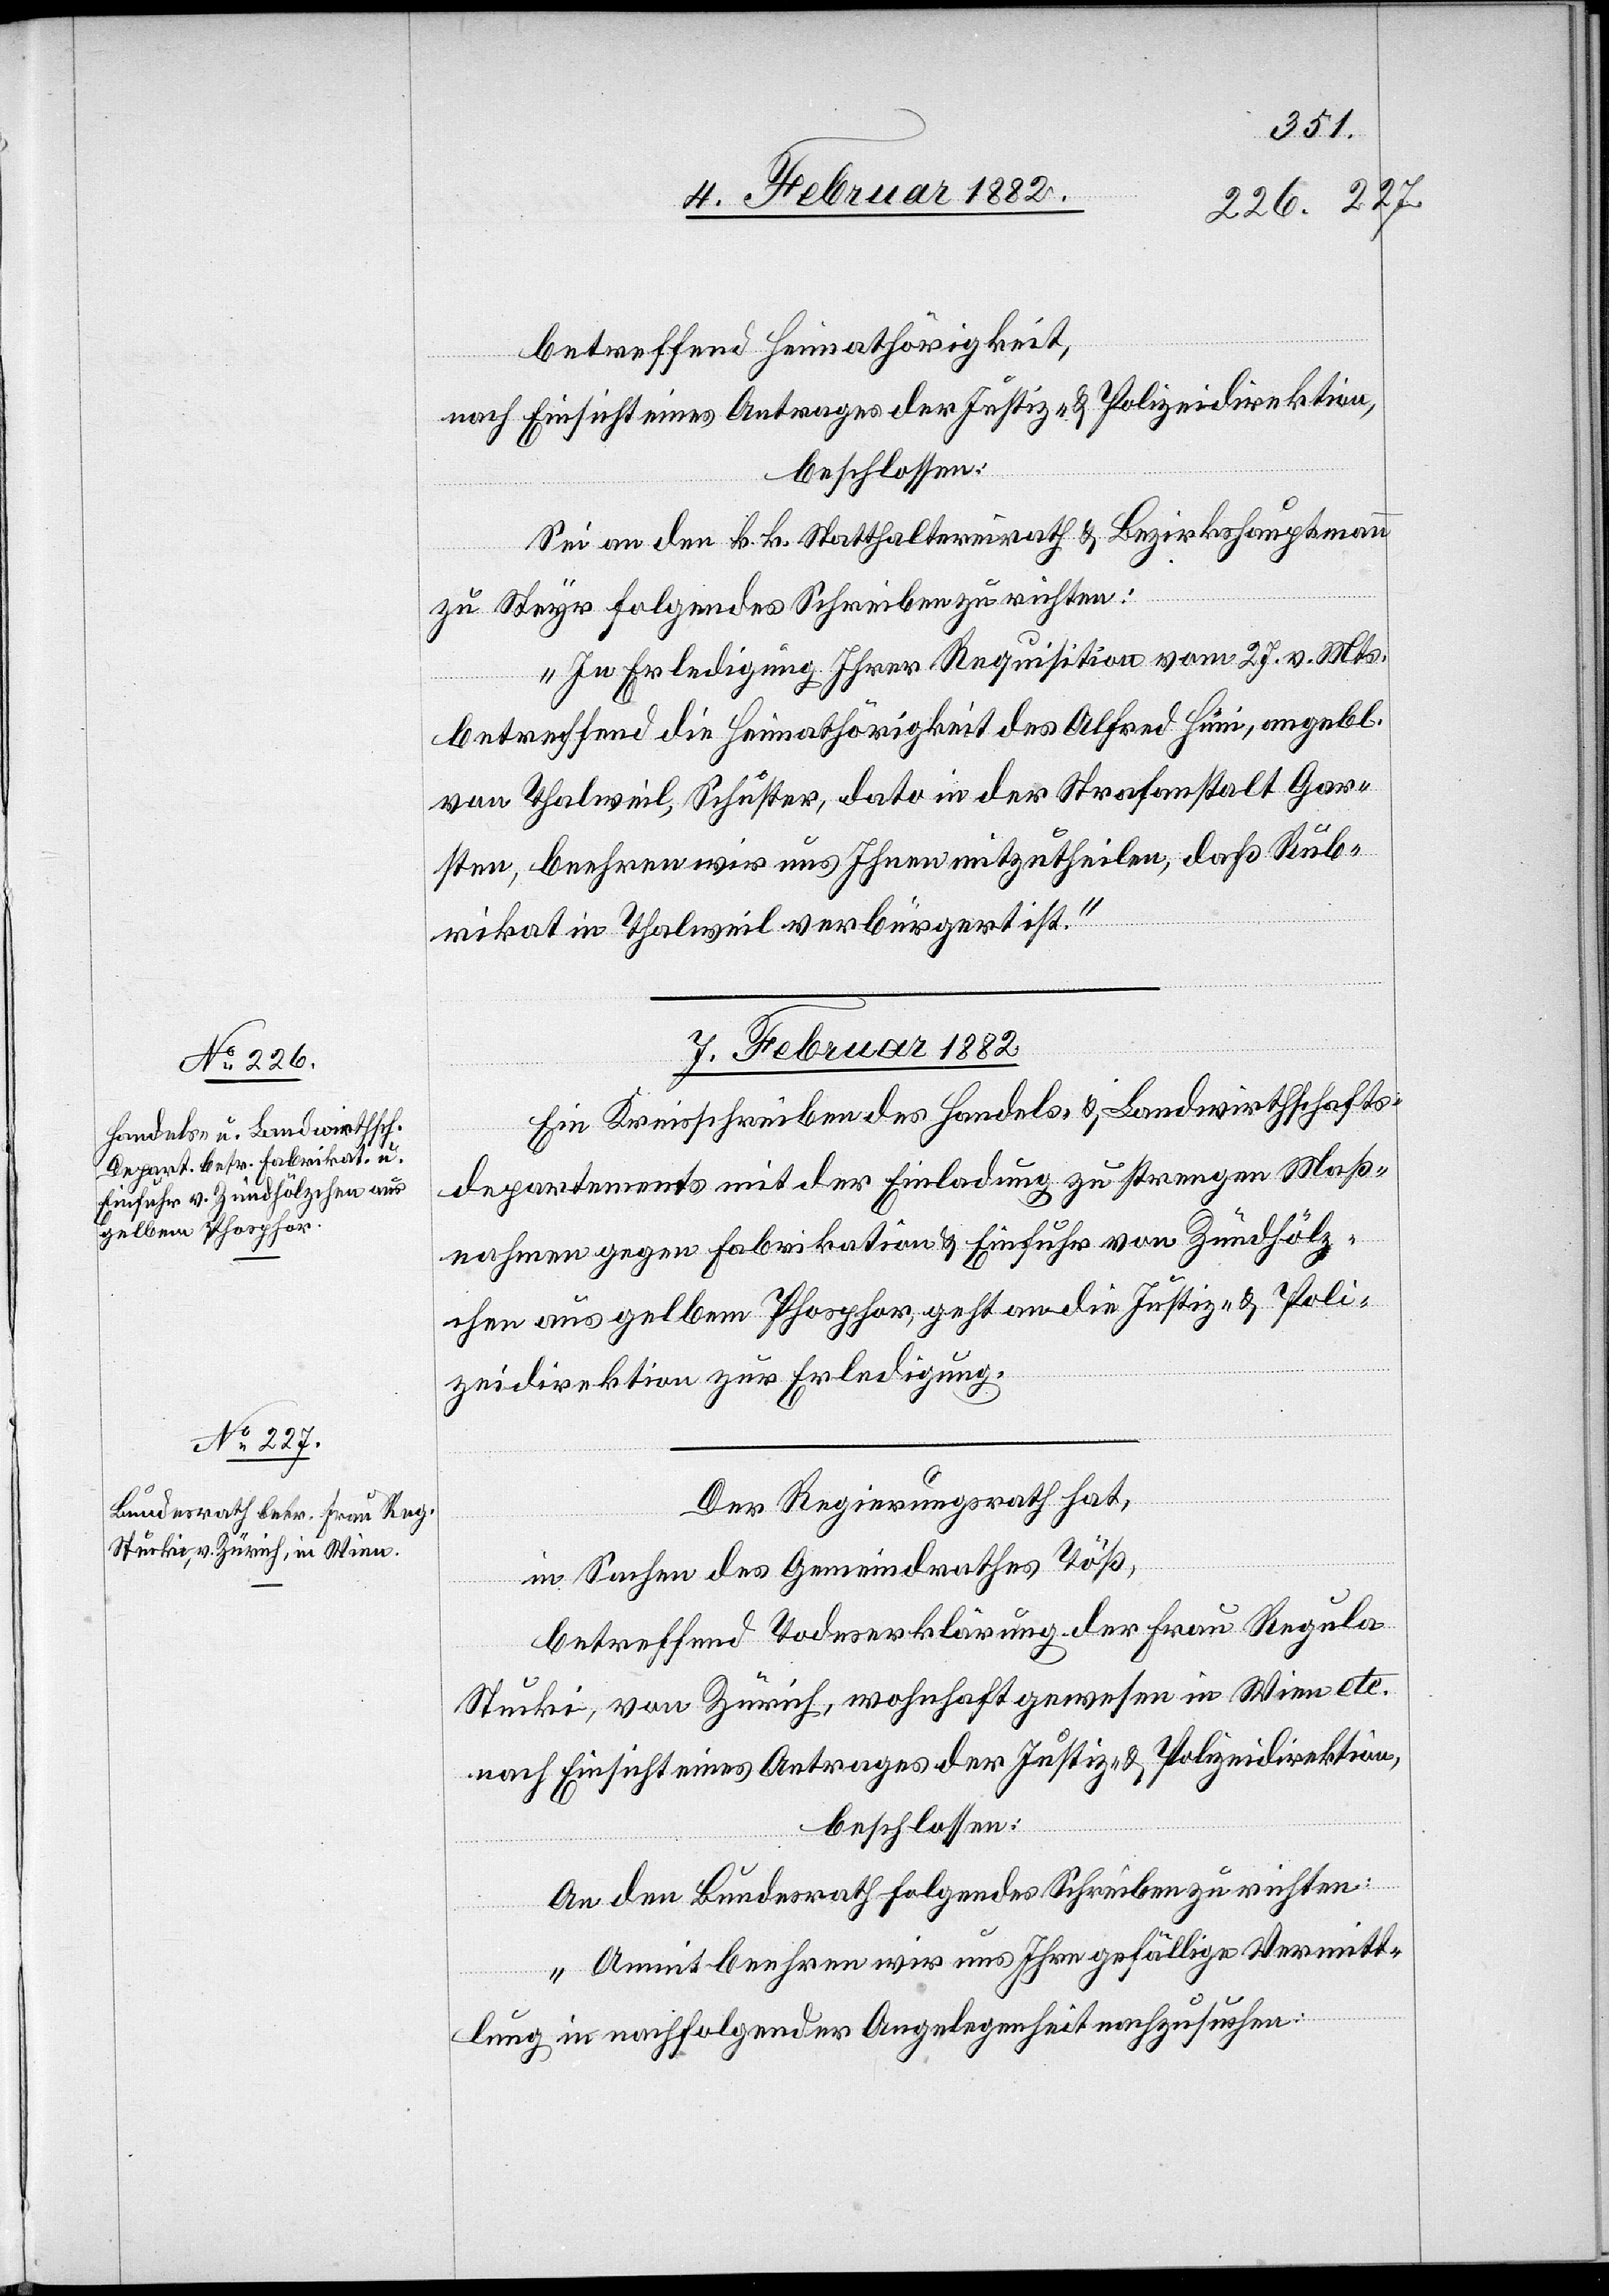
betreffend Heimathörigkeit,
nach Einsicht eines Antrages der Justiz- & Polizeidirektion,
beschlossen:
Sei an den k. k. Statthaltereirath & Bezirkshauptmann
zu Steyr folgendes Schreiben zu richten:
„In Erledigung Ihrer Requisition vom 27. v. Mts.
betreffend die Heimathörigkeit des Alfred Hüni, angebl.
von Thalweil, Schuster, dato in der Strafanstalt Gar¬
sten, beehren wir uns Ihnen mitzutheilen, daß Rub¬
rikat in Thalweil verbürgert ist.“
7. Februar 1882]
Ein Kreisschreiben des Handels- & Landwirthschafts¬
departements mit der Einladung zu strengen Maß¬
nahmen gegen Fabrikation & Einfuhr von Zündhölz¬
chen aus gelbem Phosphor, geht an die Justiz- & Poli¬
zeidirektion zur Erledigung.
Der Regierungsrath hat,
in Sachen des Gemeindrathes Töß,
betreffend Todeserklärung der Frau Regula
Stucki, von Zürich, wohnhaft gewesen in Wien etc.
nach Einsicht eines Antrages der Justiz- & Polizeidirektion,
beschlossen:
An den Bundesrath folgendes Schreiben zu richten:
„Damit beehren wir uns Ihre gefällige Vermitt¬
lung in nachfolgender Angelegenheit nachzusuchen: